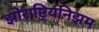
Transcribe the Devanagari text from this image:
झोराष्ट्रियनिझम